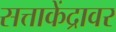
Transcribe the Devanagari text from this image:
सत्ताकेंद्रावर